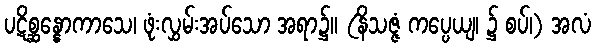
ပဋိစ္ဆန္နောကာသေ၊ ဖုံးလွှမ်းအပ်သော အရာ၌။ (နိသဇ္ဇံ ကပ္ပေယျ၊ ၌ စပ်၊) အလံ